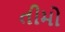
તીમો